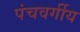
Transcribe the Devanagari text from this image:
पंचवर्गीय